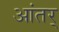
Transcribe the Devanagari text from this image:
आंतर्